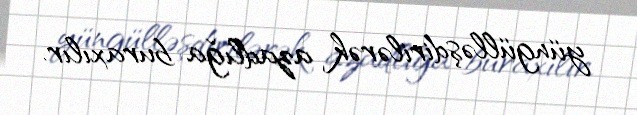
yüngülləşdirilərək azadlığa buraxılır.